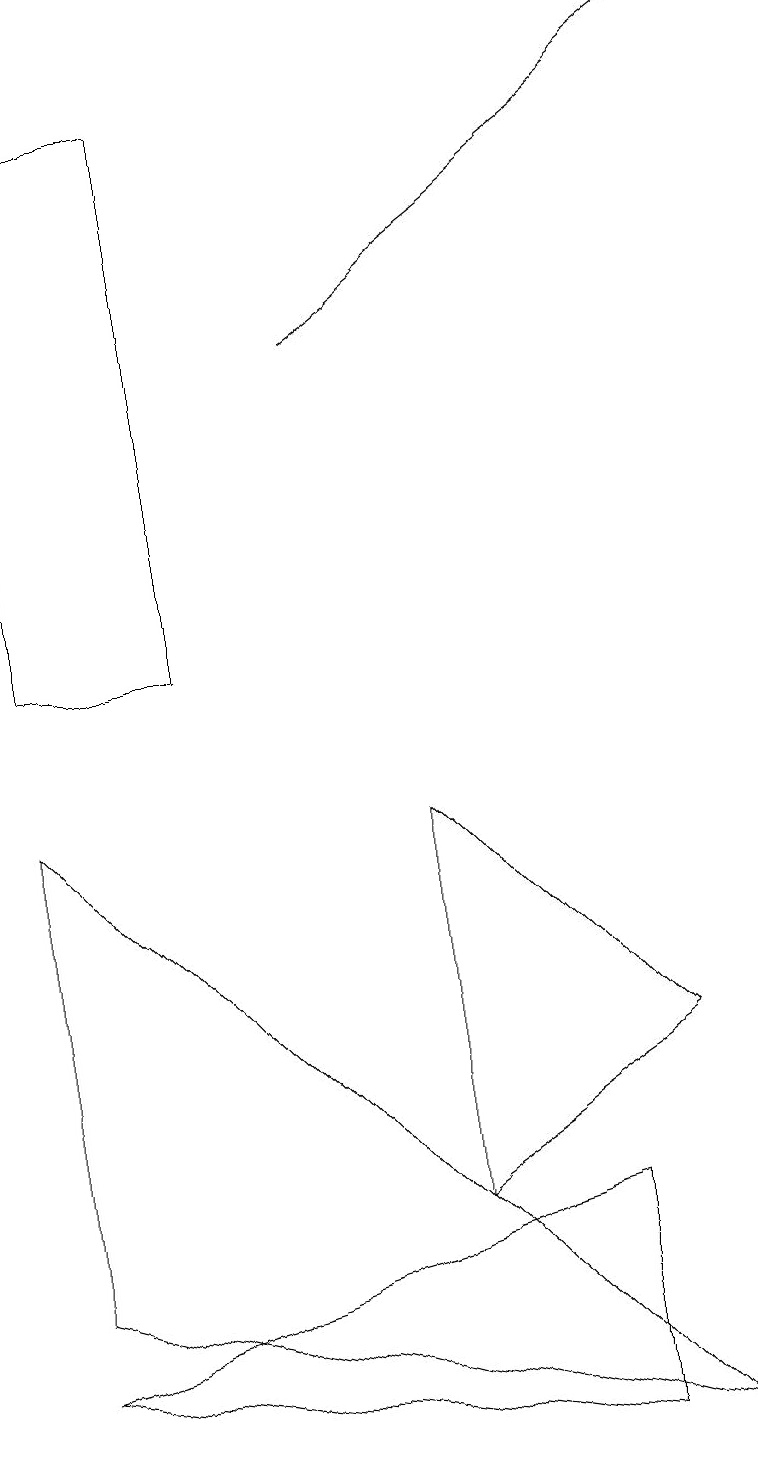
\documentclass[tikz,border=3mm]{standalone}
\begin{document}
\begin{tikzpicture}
\draw (7,1) -- (7,4) -- (0,2) -- cycle;
\draw[->] (4,15) -- (9,19);
\draw (2,11) rectangle (0,18);
\draw (0,9) -- (8,1) -- (0,3) -- cycle;
\draw (8,6) -- (5,9) -- (5,4) -- cycle;
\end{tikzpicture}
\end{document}